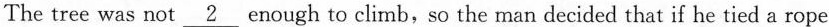
The tree was not \underline 2 enough to climb, so the man decided that if he tied a rope